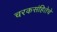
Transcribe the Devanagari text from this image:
चरकसंहितेचे